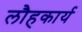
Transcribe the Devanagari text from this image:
लौहकार्य